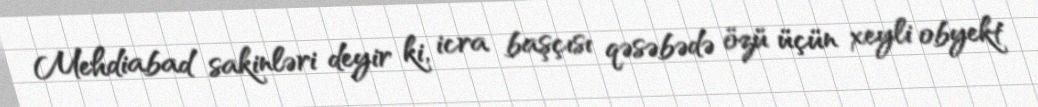
Mehdiabad sakinləri deyir ki, icra başçısı qəsəbədə özü üçün xeyli obyekt